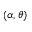
\left( \alpha , \theta \right)